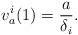
LaTeX: \begin{align*}v_a^i(1) = \frac{a}{\delta_i}.\end{align*}